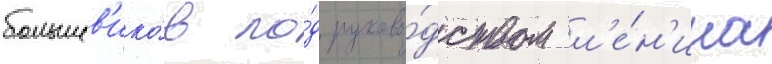
большев'ико́в по́д руково́дством л'е́н'ина